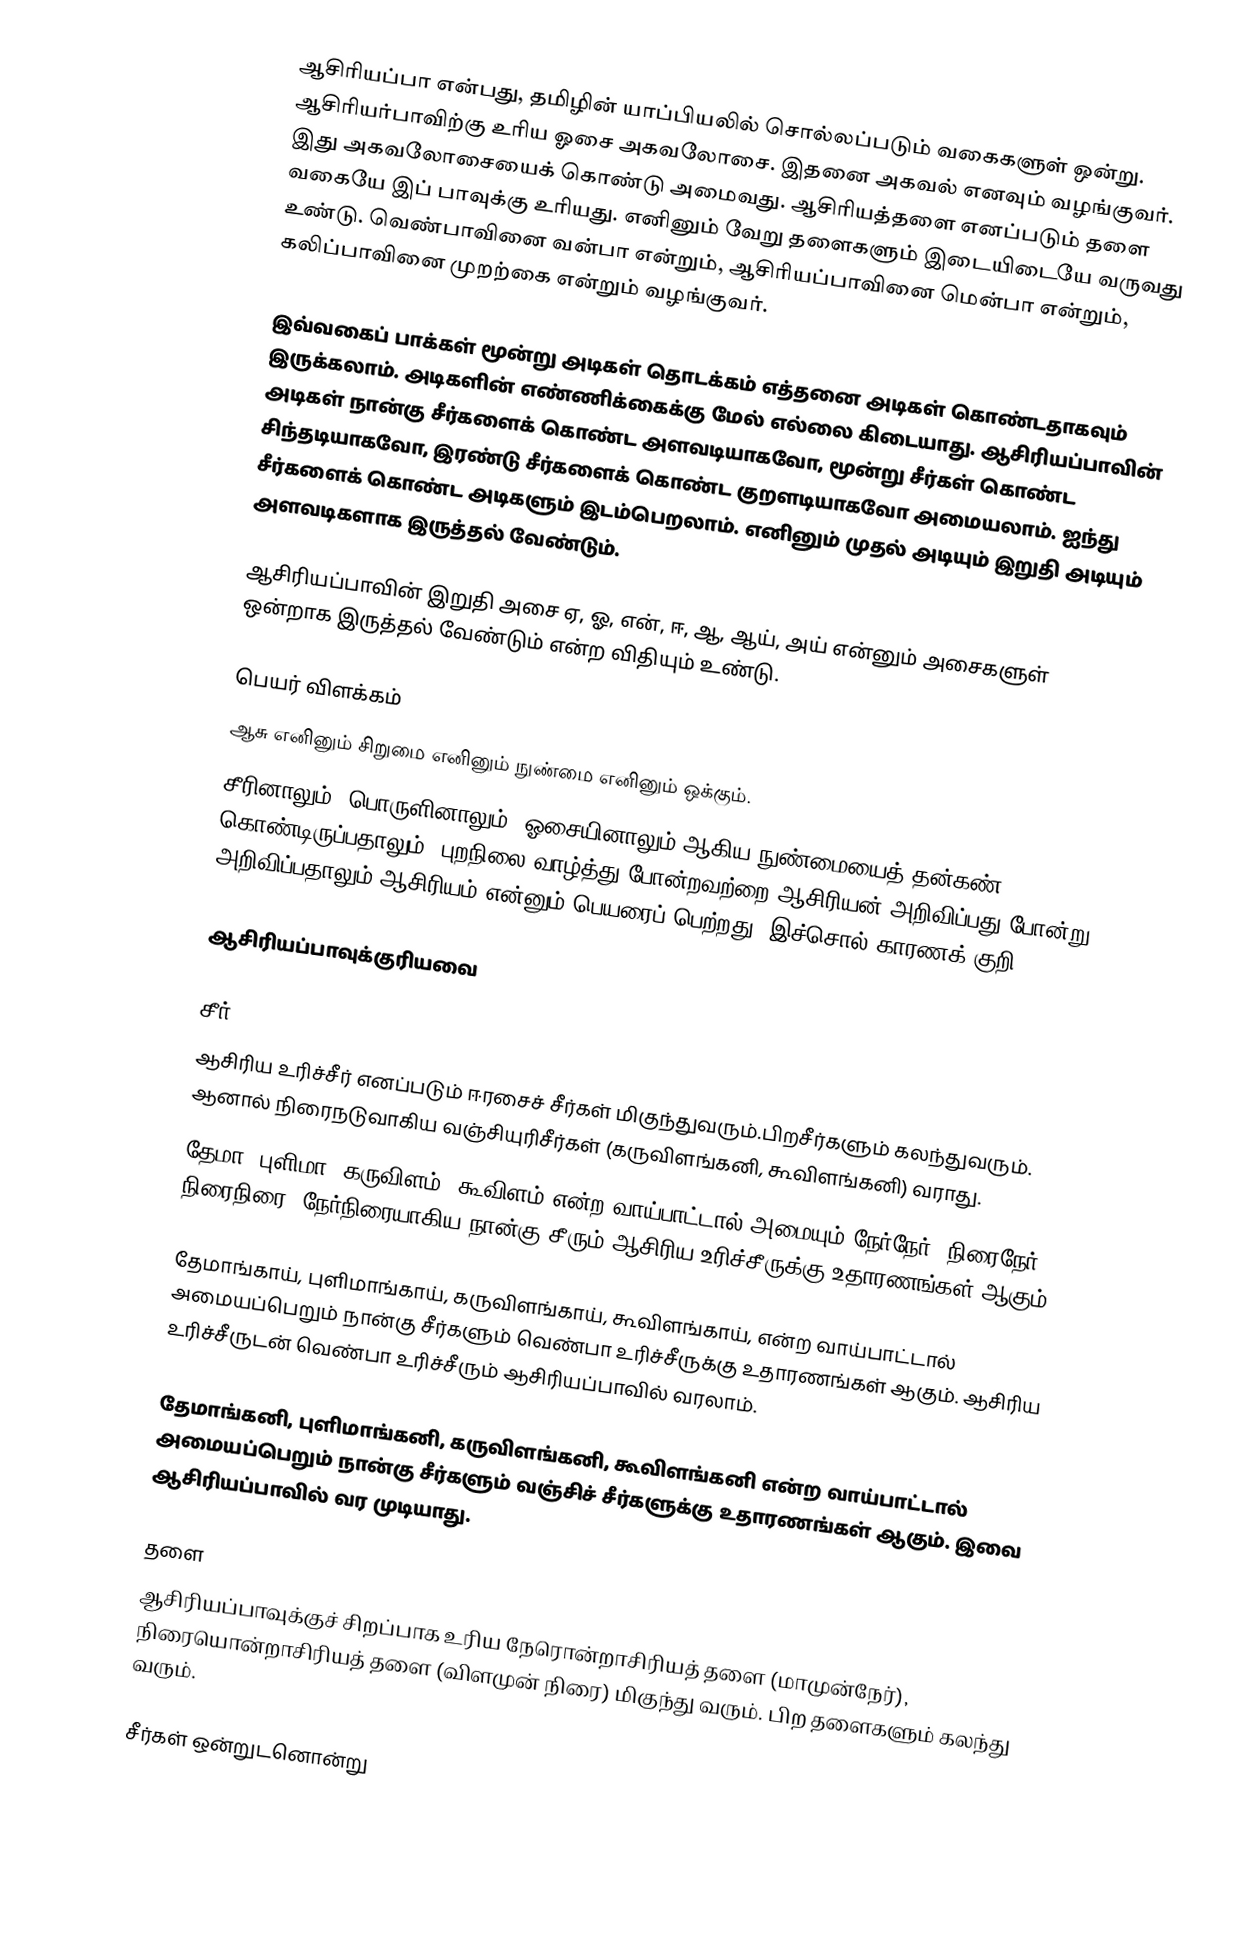
ஆசிரியப்பா என்பது, தமிழின் யாப்பியலில் சொல்லப்படும்  வகைகளுள் ஒன்று. ஆசிரியர்பாவிற்கு உரிய ஓசை அகவலோசை. இதனை அகவல் எனவும் வழங்குவர்.  இது அகவலோசையைக் கொண்டு அமைவது. ஆசிரியத்தளை எனப்படும் தளை வகையே இப் பாவுக்கு உரியது. எனினும் வேறு தளைகளும் இடையிடையே வருவது உண்டு. வெண்பாவினை வன்பா என்றும், ஆசிரியப்பாவினை மென்பா என்றும், கலிப்பாவினை முறற்கை என்றும் வழங்குவர்.

இவ்வகைப் பாக்கள் மூன்று அடிகள் தொடக்கம் எத்தனை அடிகள் கொண்டதாகவும் இருக்கலாம். அடிகளின் எண்ணிக்கைக்கு மேல் எல்லை கிடையாது. ஆசிரியப்பாவின் அடிகள் நான்கு சீர்களைக் கொண்ட அளவடியாகவோ, மூன்று சீர்கள் கொண்ட சிந்தடியாகவோ, இரண்டு சீர்களைக் கொண்ட குறளடியாகவோ அமையலாம். ஐந்து சீர்களைக் கொண்ட அடிகளும் இடம்பெறலாம். எனினும் முதல் அடியும் இறுதி அடியும் அளவடிகளாக இருத்தல் வேண்டும்.

ஆசிரியப்பாவின் இறுதி அசை ஏ, ஓ, என், ஈ, ஆ, ஆய், அய் என்னும் அசைகளுள் ஒன்றாக இருத்தல் வேண்டும் என்ற விதியும் உண்டு.

பெயர் விளக்கம்
ஆசு எனினும் சிறுமை எனினும் நுண்மை எனினும் ஒக்கும்.
சீரினாலும், பொருளினாலும், ஓசையினாலும் ஆகிய நுண்மையைத் தன்கண் கொண்டிருப்பதாலும், புறநிலை வாழ்த்து போன்றவற்றை ஆசிரியன் அறிவிப்பது போன்று அறிவிப்பதாலும் ஆசிரியம் என்னும் பெயரைப் பெற்றது. இச்சொல் காரணக் குறி.

ஆசிரியப்பாவுக்குரியவை

சீர்
ஆசிரிய உரிச்சீர் எனப்படும் ஈரசைச் சீர்கள் மிகுந்துவரும்.பிறசீர்களும் கலந்துவரும். ஆனால் நிரைநடுவாகிய வஞ்சியுரிசீர்கள் (கருவிளங்கனி, கூவிளங்கனி) வராது.
தேமா, புளிமா, கருவிளம், கூவிளம் என்ற வாய்பாட்டால் அமையும் நேர்நேர், நிரைநேர், நிரைநிரை, நேர்நிரையாகிய நான்கு சீரும் ஆசிரிய உரிச்சீருக்கு உதாரணங்கள் ஆகும்.

தேமாங்காய், புளிமாங்காய், கருவிளங்காய், கூவிளங்காய், என்ற வாய்பாட்டால் அமையப்பெறும் நான்கு சீர்களும் வெண்பா உரிச்சீருக்கு உதாரணங்கள் ஆகும். ஆசிரிய உரிச்சீருடன் வெண்பா உரிச்சீரும் ஆசிரியப்பாவில் வரலாம்.

தேமாங்கனி, புளிமாங்கனி, கருவிளங்கனி, கூவிளங்கனி என்ற வாய்பாட்டால் அமையப்பெறும் நான்கு சீர்களும் வஞ்சிச் சீர்களுக்கு உதாரணங்கள் ஆகும். இவை ஆசிரியப்பாவில் வர முடியாது.

தளை
ஆசிரியப்பாவுக்குச் சிறப்பாக உரிய நேரொன்றாசிரியத் தளை (மாமுன்நேர்), நிரையொன்றாசிரியத் தளை (விளமுன் நிரை) மிகுந்து வரும். பிற தளைகளும் கலந்து வரும்.

சீர்கள் ஒன்றுடனொன்று